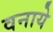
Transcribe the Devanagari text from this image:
वनाये